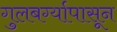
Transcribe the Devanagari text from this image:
गुलबर्ग्यापासून